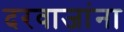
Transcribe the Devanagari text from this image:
दरवाजांना